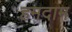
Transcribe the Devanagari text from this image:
हमदाम